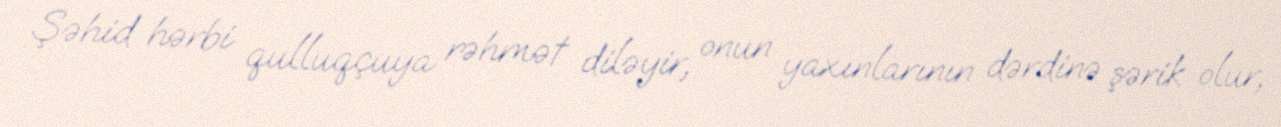
Şəhid hərbi qulluqçuya rəhmət diləyir, onun yaxınlarının dərdinə şərik olur,